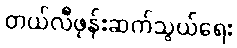
တယ်လီဖုန်းဆက်သွယ်ရေး